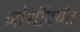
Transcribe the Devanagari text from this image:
जोशींपर्यंत